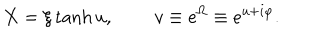
LaTeX: X = \xi \tanh u , \, \qquad v \equiv e ^ { \Omega } \equiv e ^ { u + i \varphi } .